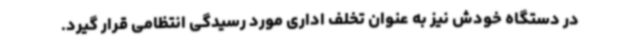
در دستگاه خودش نیز به عنوان تخلف اداری مورد رسیدگی انتظامی قرار گیرد.